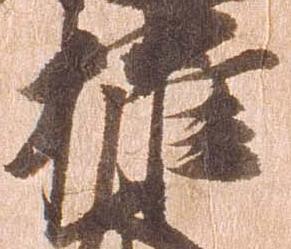
権